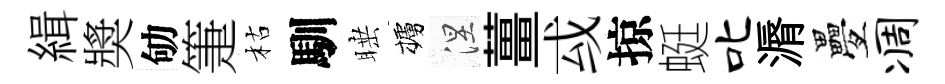
緝奬劬箑枯馴睡櫨涅薑㦯掠蜓叱漘疊凋